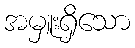
အမှူးရှိသော